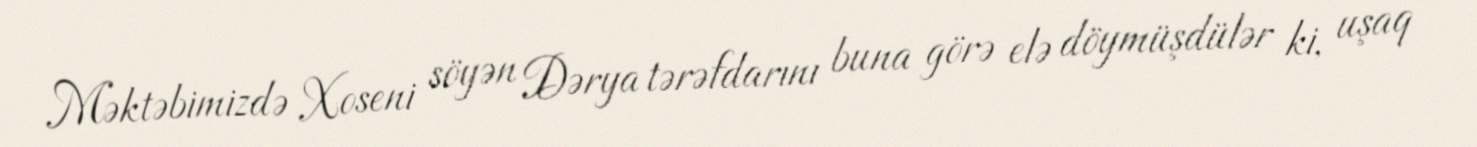
Məktəbimizdə Xoseni söyən Dərya tərəfdarını buna görə elə döymüşdülər ki, uşaq